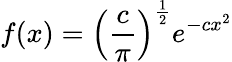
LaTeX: f(x)=\left({\frac{c}{\pi}}\right)^{\frac{1}{2}}e^{-cx^{2}}